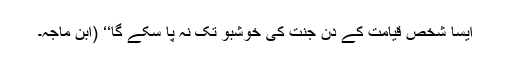
ایسا شخص قیامت کے دن جنت کی خوشبو تک نہ پا سکے گا‘‘ (ابن ماجہ۔